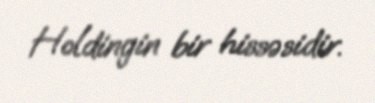
Holdingin bir hissəsidir.